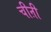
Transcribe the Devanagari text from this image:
चीऩी